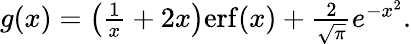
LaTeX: \begin{array}{r}{g(x)=\left(\frac{1}{x}+2x\right)\mathrm{erf}(x)+\frac{2}{\sqrt{\pi}}e^{-x^{2}}.}\end{array}